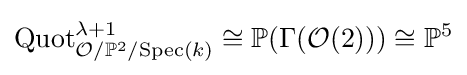
{\text{Quot}}_{{\mathcal {O}}/\mathbb {P} ^{2}/{\text{Spec}}(k)}^{\lambda +1}\cong \mathbb {P} (\Gamma ({\mathcal {O}}(2)))\cong \mathbb {P} ^{5}